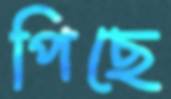
পিছে